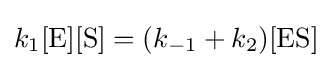
k_{1}[{\ce {E}}][{\ce {S}}]=(k_{-1}+k_{2})[{\mathrm {ES} }]